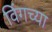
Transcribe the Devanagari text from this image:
विंगच्या